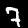
Label: 7